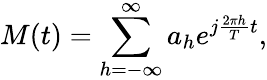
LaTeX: M(t)=\sum_{h=-\infty}^{\infty}a_{h}e^{j\frac{2\pi h}{T}t},